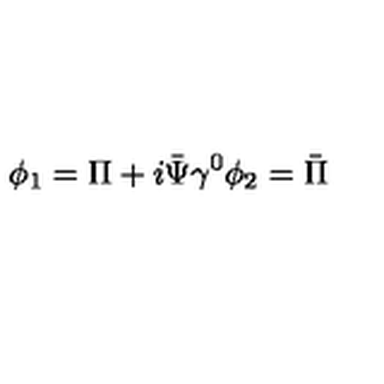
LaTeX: \phi _ { 1 } = \Pi + i \bar { \Psi } \gamma ^ { 0 } \phi _ { 2 } = \bar { \Pi }